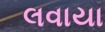
લવાયા